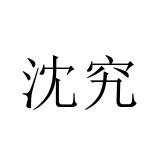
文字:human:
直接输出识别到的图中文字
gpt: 沈究